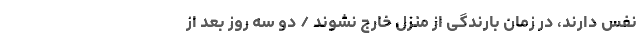
نفس دارند، در زمان بارندگی از منزل خارج نشوند / دو سه روز بعد از